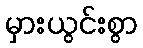
မှားယွင်းစွာ